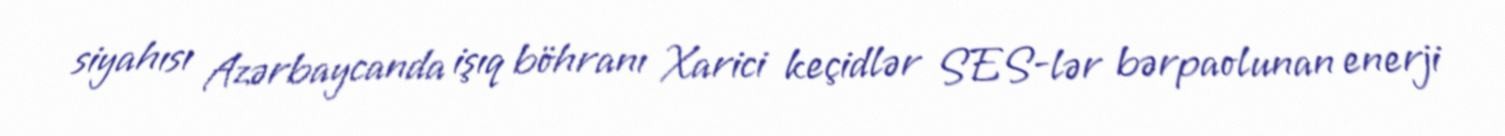
siyahısı Azərbaycanda işıq böhranı Xarici keçidlər SES-lər bərpaolunan enerji